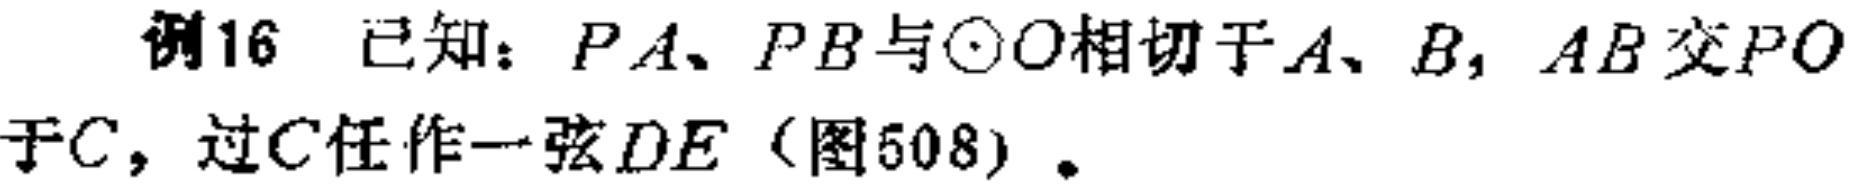
例16 已知：$PA、PB$与$\odot O$相切于$A、B$，$AB$交$PO$于$C$，过$C$任作一弦$DE$（图508）。